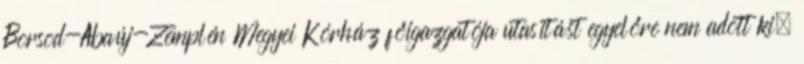
Borsod-Abaúj-Zemplén Megyei Kórház főigazgatója utasítást egyelőre nem adott ki,